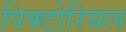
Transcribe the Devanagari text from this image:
पिक्टोरियल